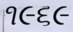
૧૯૬૯